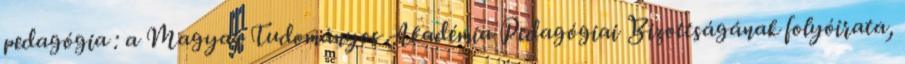
pedagógia : a Magyar Tudományos Akadémia Pedagógiai Bizottságának folyóirata,